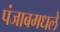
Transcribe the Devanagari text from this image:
पंजाबमधले